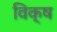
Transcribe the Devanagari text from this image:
विक्ष